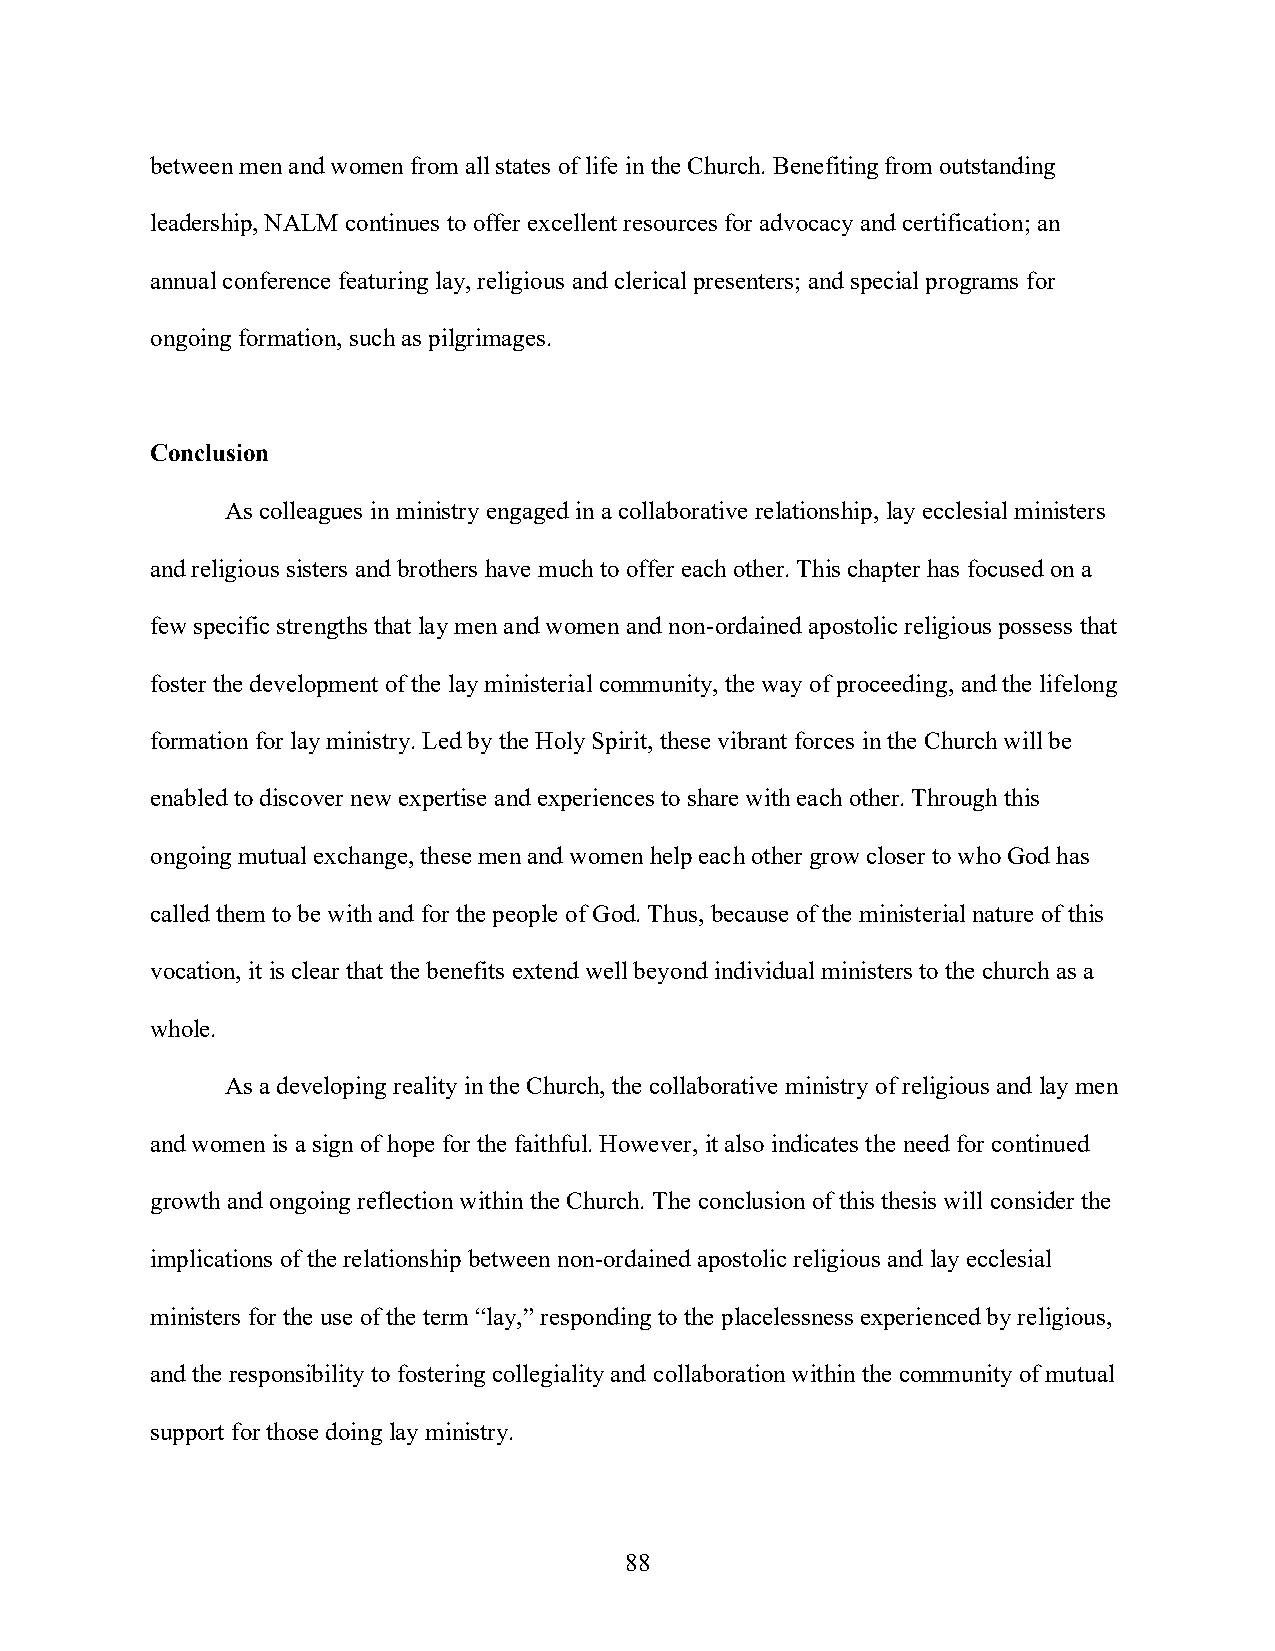
between men and women from all states of life in the Church. Benefiting from outstanding
 leadership, NALM continues to offer excellent resources for advocacy and certification; an
 annual conference featuring lay, religious and clerical presenters; and special programs for
 ongoing formation, such as pilgrimages.
 Conclusion
 As colleagues in ministry engaged in a collaborative relationship, lay ecclesial ministers
 and religious sisters and brothers have much to offer each other. This chapter has focused on a
 few specific strengths that lay men and women and non-ordained apostolic religious possess that
 foster the development of the lay ministerial community, the way of proceeding, and the lifelong
 formation for lay ministry. Led by the Holy Spirit, these vibrant forces in the Church will be
 enabled to discover new expertise and experiences to share with each other. Through this
 ongoing mutual exchange, these men and women help each other grow closer to who God has
 called them to be with and for the people of God. Thus, because of the ministerial nature of this
 vocation, it is clear that the benefits extend well beyond individual ministers to the church as a
 whole.
 As a developing reality in the Church, the collaborative ministry of religious and lay men
 and women is a sign of hope for the faithful. However, it also indicates the need for continued
 growth and ongoing reflection within the Church. The conclusion of this thesis will consider the
 implications of the relationship between non-ordained apostolic religious and lay ecclesial
 ministers for the use of the term “lay,” responding to the placelessness experienced by religious,
 and the responsibility to fostering collegiality and collaboration within the community of mutual
 support for those doing lay ministry.
 88